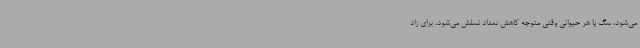
می‌شود، سگ یا هر حیوانی وقتی متوجه کاهش تعداد نسلش می‌شود، برای زاد